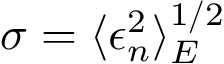
\sigma = \langle \epsilon _ { n } ^ { 2 } \rangle _ { E } ^ { 1 / 2 }